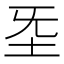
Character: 𡉙